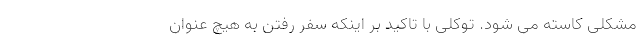
مشکلی کاسته می شود. توکلی با تاکید بر اینکه سفر رفتن به هیچ عنوان